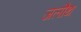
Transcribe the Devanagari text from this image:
जलौथ